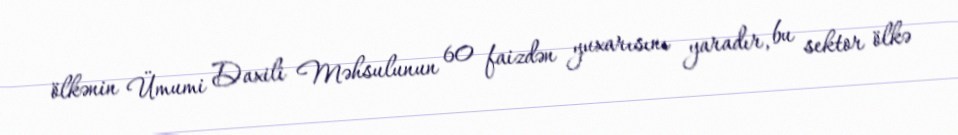
ölkənin Ümumi Daxili Məhsulunun 60 faizdən yuxarısını yaradır, bu sektor ölkə